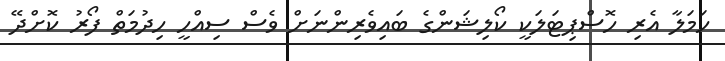
ހަމަލާ އެރި ހޮސްޕިޓަލަކީ ކޯލިޝަންގެ ބައިވެރިންނަށް ވެސް ސިއްހީީ ހިދުމަތް ފޯރު ކޮށްދޭ